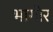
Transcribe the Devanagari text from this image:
भागोर